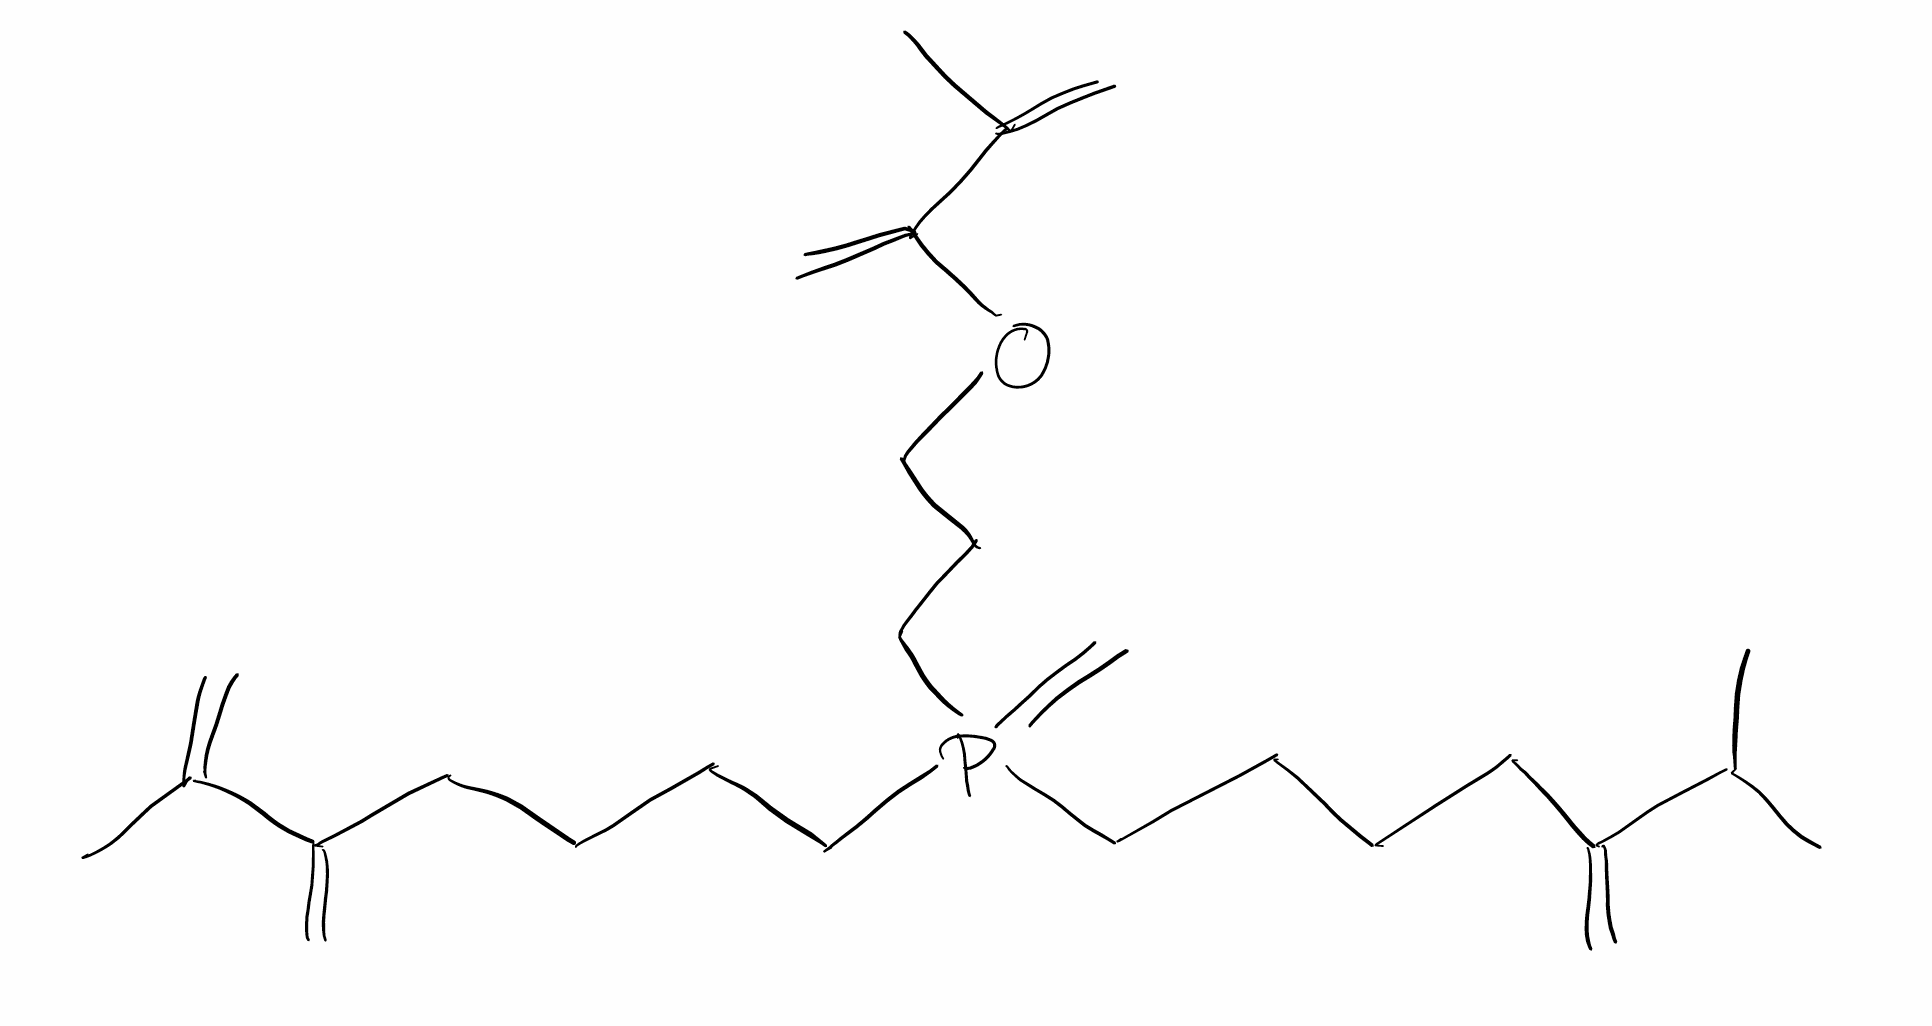
Simplified molecular-input line-entry system (SMILES) notation of the given molecule:
CC(C)C(=C)CCCCP(=C)(CCCCC(=C)C(=C)C)CCCOC(=C)C(=C)C